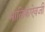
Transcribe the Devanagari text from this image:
मालिकेऐवजी